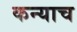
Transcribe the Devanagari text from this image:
कन्याच